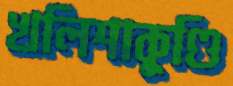
খলিশাকুণ্ডি